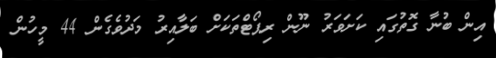
އިން ބުނާ ގޮތުގައި ކަށަވަރު ނޫން ރިޕޯޓްތަކަށް ބަލާއިރު މަދުވެގެން 44 މީހުން